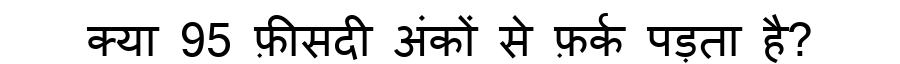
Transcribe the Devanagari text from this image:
क्या 95 फ़ीसदी अंकों से फ़र्क पड़ता है?